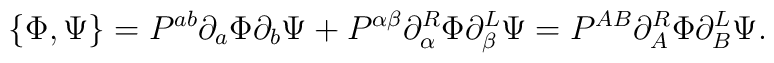
\{\Phi,\Psi\}=P^{ab}\partial_a\Phi\partial_b\Psi +P^{\alpha \beta}\partial^R_\alpha\Phi\partial^L_\beta\Psi=P^{AB}\partial^R_A\Phi\partial^L_B\Psi.